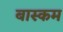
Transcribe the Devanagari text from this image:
बास्कम